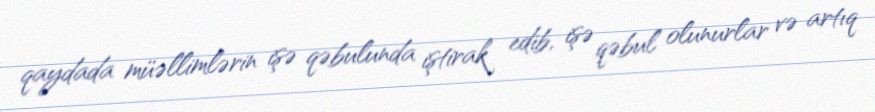
qaydada müəllimlərin işə qəbulunda iştirak edib, işə qəbul olunurlar və artıq